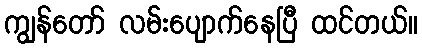
ကျွန်တော် လမ်းပျောက်နေပြီ ထင်တယ်။